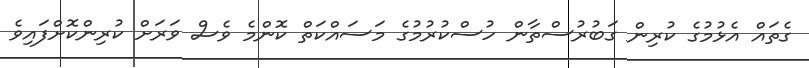
ގެތައް އެޅުމުގެ ކުރިން ގަބުރުސްތާން ހުސްކުރުމުގެ މަސައްކަތް ކޮންމެ ވެސް ވަރަށް ކުރިންކޮށްފައިވެ